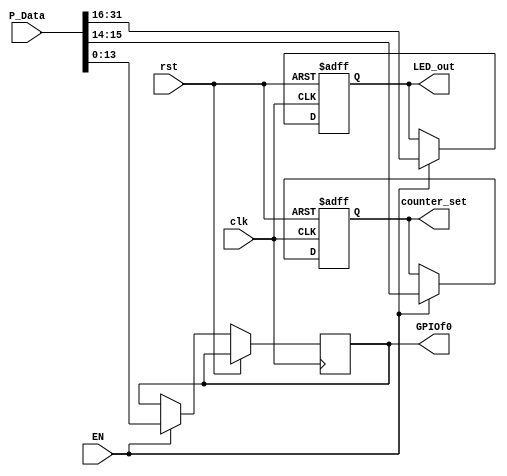
module PIO(
    input clk, rst, EN,
    input [31:0] P_Data,
    output reg [1:0] counter_set,
    output reg [15:0] LED_out,
    output reg [13:0] GPIOf0
);

    always @(negedge clk or posedge rst) begin
        if(rst) begin
        LED_out <= 8'h2A;
        counter_set <= 2'b00;   // default channel
        end else if(EN) begin
            {LED_out, counter_set, GPIOf0} <= P_Data; // assignment
        end
    end

endmodule // PIO